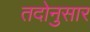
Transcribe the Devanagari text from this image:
तदोनुसार